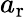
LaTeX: a_{\mathrm{r}}